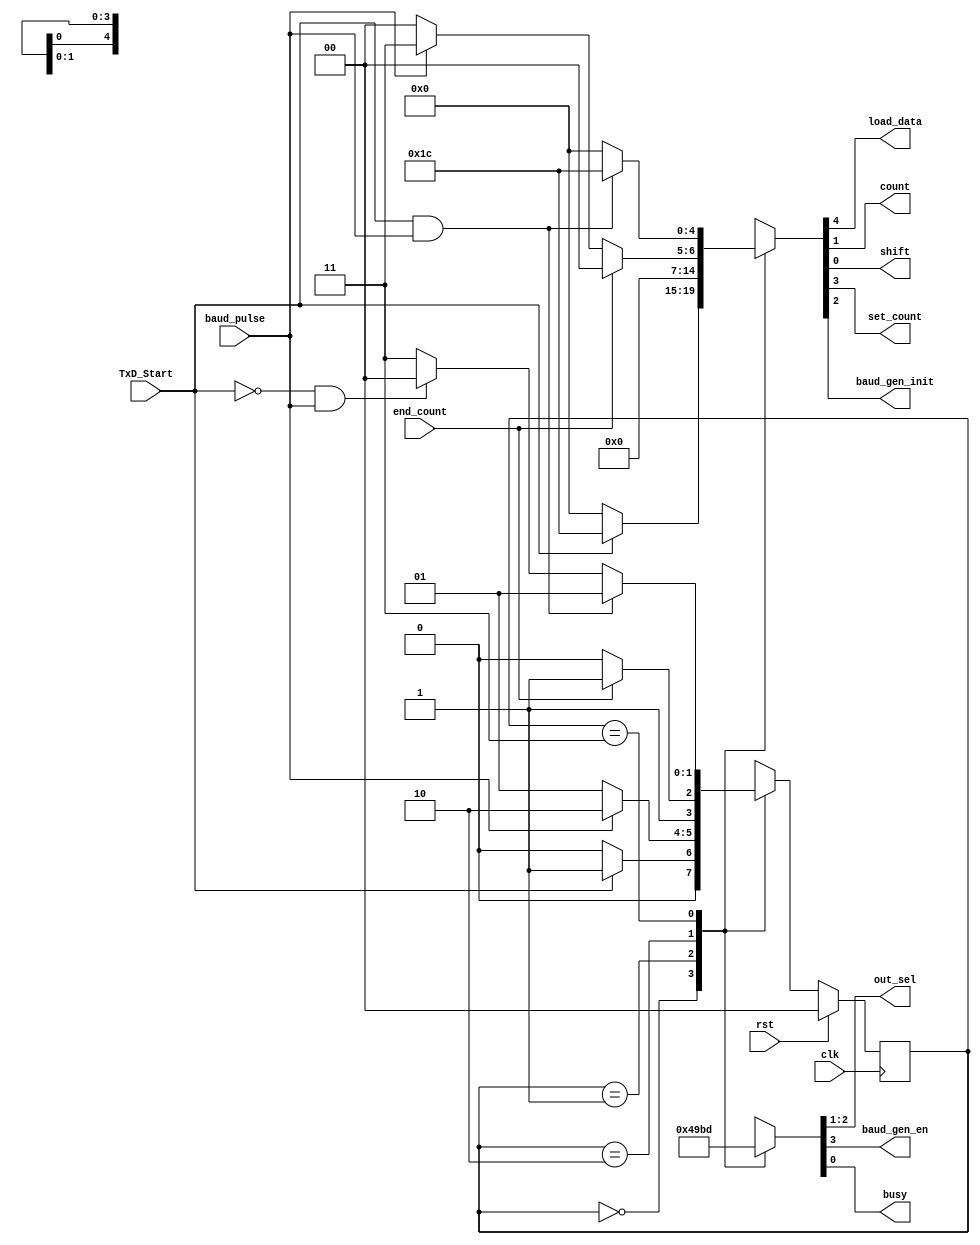
`timescale 1ns / 1ps
//////////////////////////////////////////////////////////////////////////////////
// Company: 
//
// Design Name:    
// Module Name:    transmitter_fsm 
// Project Name:   
// Target Devices: 
// Tool versions: 
// Description:      Uart Transmitter FSM
//
// Dependencies: 
//
// Revision: 
// Revision 0.01 - File Created
// Additional Comments: 
//
//////////////////////////////////////////////////////////////////////////////////
module transmitter_fsm(clk, rst, TxD_Start, end_count, baud_pulse,
                                load_data, count, shift, set_count, out_sel, baud_gen_init, baud_gen_en, busy);

    parameter IDLE = 0, START_BIT = 1, SEND_BIT = 2, STOP_BIT = 3;
                                    
    input clk;
    input rst;
    input TxD_Start;
    input end_count;
    input baud_pulse;

    output  load_data;
    output  count;
    output  shift;
    output  set_count;
    output  baud_gen_init;
    output  baud_gen_en;
    output  busy;
    output  [1:0] out_sel;

    reg [1:0] ns, cs;
    reg [4:0] mealy_out;
    reg [3:0] moore_out;

    // Current state refresh
    always @(posedge clk)
        if (rst) 
            cs <= IDLE;
        else
            cs <= ns;

    // Next State Logic
    always @(cs, TxD_Start, baud_pulse, end_count)
        case(cs)
            IDLE        : ns = TxD_Start  ? START_BIT : IDLE;
            START_BIT   : ns = baud_pulse ? SEND_BIT : START_BIT;
            SEND_BIT    : ns = end_count  ? STOP_BIT : SEND_BIT;
            STOP_BIT    : ns = (TxD_Start & baud_pulse) ? START_BIT : (~TxD_Start & baud_pulse) ? IDLE : STOP_BIT;
            default     : ns = IDLE;
        endcase

    // Mealy outputs

    assign {load_data, set_count, baud_gen_init, count, shift} = mealy_out;

    always @(cs, TxD_Start, baud_pulse, end_count)
        case(cs)
            IDLE        : mealy_out = TxD_Start  ? 5'b1_1_1_0_0 : 5'b0_0_0_0_0;
            START_BIT   : mealy_out = 5'b0_0_0_0_0;
            SEND_BIT    : mealy_out = (end_count) ? 5'b0_0_0_0_0 : (baud_pulse) ? 5'b0_0_0_1_1 : 5'b0_0_0_0_0;
            STOP_BIT    : mealy_out = (TxD_Start & baud_pulse) ? 5'b1_1_1_0_0 : 5'b0_0_0_0_0;
            default     : mealy_out = 5'b0_0_0_0_0;
        endcase

    // Moore outputs

    assign {baud_gen_en, out_sel, busy} = moore_out;

    always @(cs)
        case(cs)
            IDLE        : moore_out = 4'b0_10_0;
            START_BIT   : moore_out = 4'b1_00_1;
            SEND_BIT    : moore_out = 4'b1_01_1;
            STOP_BIT    : moore_out = 9'b1_10_1;
            default     : moore_out = 9'b0_10_0;
        endcase

endmodule